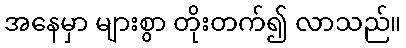
အနေမှာ များစွာ တိုးတက်၍ လာသည်။